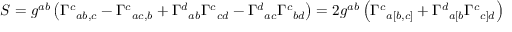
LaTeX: S = g ^ { a b } \left( { \Gamma ^ { c } } _ { a b , c } - { \Gamma ^ { c } } _ { a c , b } + { \Gamma ^ { d } } _ { a b } { \Gamma ^ { c } } _ { c d } - { \Gamma ^ { d } } _ { a c } { \Gamma ^ { c } } _ { b d } \right) = 2 g ^ { a b } \left( { \Gamma ^ { c } } _ { a [ b , c ] } + { \Gamma ^ { d } } _ { a [ b } { \Gamma ^ { c } } _ { c ] d } \right)